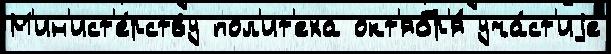
М'ин'ист'е́рству пол'ит'еха окт'ябр'я́ уча́ст'иjе